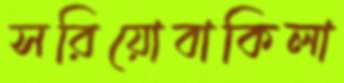
সরিয়োবাকিলা